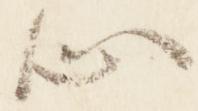
心